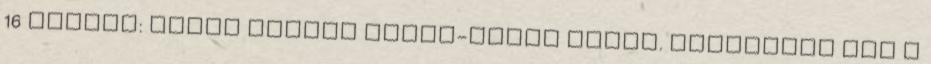
16 Szerzı: Hajdu Miklós Önkép-teszt Önkép. Kimondjuk ezt a